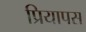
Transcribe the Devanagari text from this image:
प्रियापस